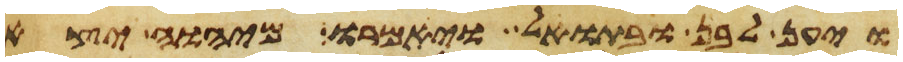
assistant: ויען לבן ובתואל ויאמרו מיהוה יצא